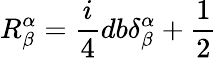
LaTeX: R_{\beta}^{\alpha}=\frac{i}{4}db\delta_{\beta}^{\alpha}+\frac{1}{2}